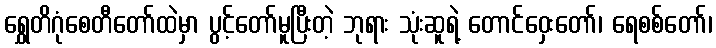
ရွှေတိဂုံစေတီတော်ထဲမှာ ပွင့်တော်မူပြီးတဲ့ ဘုရား သုံးဆူရဲ့ တောင်ဝှေးတော်၊ ရေစစ်တော်၊